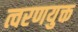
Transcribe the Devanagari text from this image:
त्वरणयुक्त